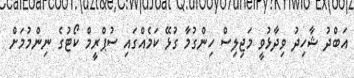
އަބްދު ޝާހިދު ވިދާޅުވީ މަޖިލިސް ހިންގުމާ ގުޅޭ ކަމެއްގައި ސުޕްރީމް ކޯޓުގެ ނިންމުމަށް